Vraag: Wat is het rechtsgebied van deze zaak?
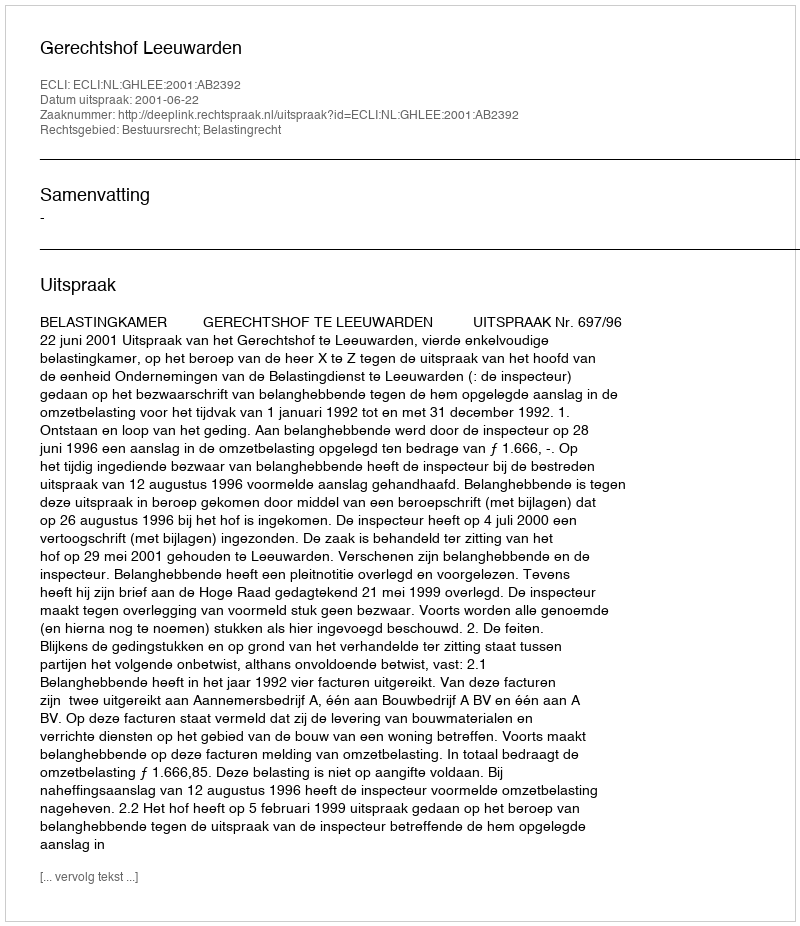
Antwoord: Bestuursrecht; Belastingrecht